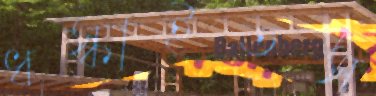
ধস্‌কাইতস